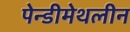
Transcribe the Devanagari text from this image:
पेन्‍डीमेथलीन